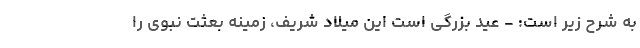
به شرح زیر است: - عید بزرگی است این میلاد شریف، زمینه بعثت نبوی را